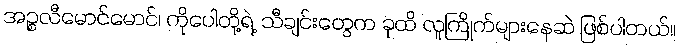
အဉ္စလီမောင်မောင်၊ ကိုပေါတို့ရဲ့ သီချင်းတွေက ခုထိ လူကြိုက်များနေဆဲ ဖြစ်ပါတယ်။